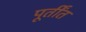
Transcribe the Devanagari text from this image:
पूर्तींत